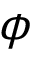
\phi